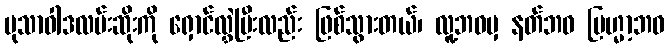
မုသာဝါဒလမ်းဆိုးကို ရှောင်လွှဲပြီးလည်း ဖြစ်သွားတယ်၊ လူ့ဘဝမှ နတ်ဘဝ ဗြဟ္မာ့ဘဝ